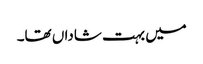
میں بہت شاداں تھا۔